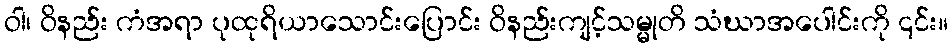
ဝါ၊ ဝိနည်း ကံအရာ ပုထုရိယာသောင်းပြောင်း ဝိနည်းကျင့်သမ္မုတိ သံဃာအပေါင်းကို ၎င်း။